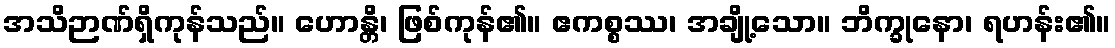
အသိဉာဏ်ရှိကုန်သည်။ ဟောန္တိ၊ ဖြစ်ကုန်၏။ ဧကစ္စဿ၊ အချို့သော။ ဘိက္ခုနော၊ ရဟန်း၏။